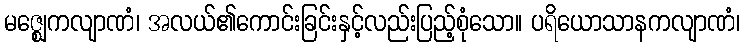
မဇ္ဈေကလျာဏံ၊ အလယ်၏ကောင်းခြင်းနှင့်လည်းပြည့်စုံသော။ ပရိယောသာနကလျာဏံ၊